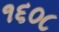
૧૬૦૮